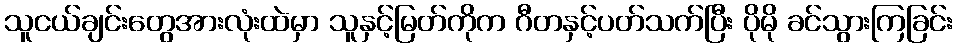
သူငယ်ချင်းတွေအားလုံးထဲမှာ သူနှင့်မြတ်ကိုက ဂီတနှင့်ပတ်သက်ပြီး ပိုမို ခင်သွားကြခြင်း